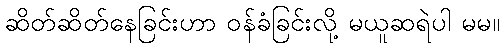
ဆိတ်ဆိတ်နေခြင်းဟာ ဝန်ခံခြင်းလို့ မယူဆရဲပါ မမ။